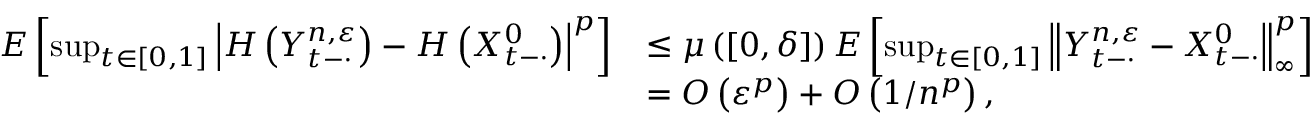
\begin{array} { r l } { E \left[ \operatorname* { s u p } _ { t \in [ 0 , 1 ] } \left| H \left( Y _ { t - \cdot } ^ { n , \varepsilon } \right) - H \left( X _ { t - \cdot } ^ { 0 } \right) \right| ^ { p } \right] } & { \leq \mu \left( [ 0 , \delta ] \right) E \left[ \operatorname* { s u p } _ { t \in [ 0 , 1 ] } \left\| Y _ { t - \cdot } ^ { n , \varepsilon } - X _ { t - \cdot } ^ { 0 } \right\| _ { \infty } ^ { p } \right] } \\ & { = O \left( \varepsilon ^ { p } \right) + O \left( 1 / n ^ { p } \right) , } \end{array}